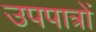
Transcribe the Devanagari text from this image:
उपपात्रों